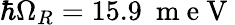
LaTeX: \hbar\Omega_{R}=15.9~\mathrm{~m~e~V~}